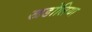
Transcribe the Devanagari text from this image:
खडोलिया